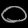
Digit: ၀